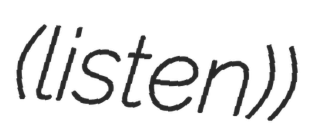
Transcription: (listen))